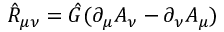
\hat { \cal R } _ { \mu \nu } = \hat { G } ( \partial _ { \mu } A _ { \nu } - \partial _ { \nu } A _ { \mu } )